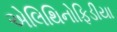
એલિથિનોફિડીયા